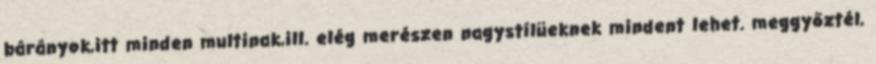
bárányok,itt minden multinak,ill. elég merészen nagystílüeknek mindent lehet. meggyőztél,